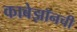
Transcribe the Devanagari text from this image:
काबेझॉनची